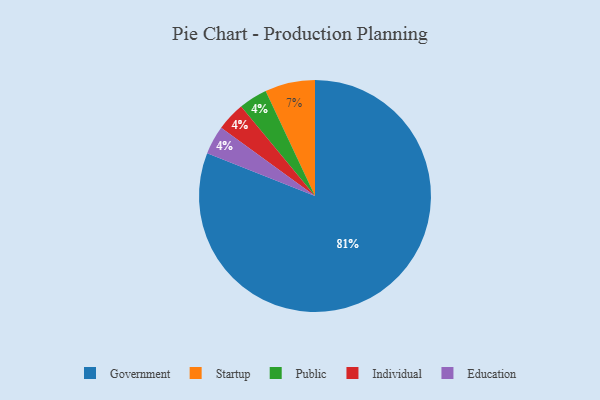
{"axis": {"x": "Category", "y": "Percentage"}, "legend": ["Education", "Government", "Individual", "Public", "Startup"], "data": [{"x": "Government", "y": 81, "type": "Government"}, {"x": "Startup", "y": 7, "type": "Startup"}, {"x": "Public", "y": 4, "type": "Public"}, {"x": "Individual", "y": 4, "type": "Individual"}, {"x": "Education", "y": 4, "type": "Education"}]}